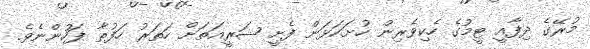
މުރޭގެ ދިފާއީ ޓީމުގެ ހެކިވެރިން ހުށަހަޅަން ފެށީ ޝަރީއަތަށް ހަތަރު ހަފުތާ ފަހުންނެވެ.